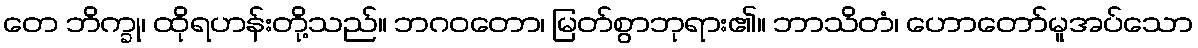
တေ ဘိက္ခု၊ ထိုရဟန်းတို့သည်။ ဘဂဝတော၊ မြတ်စွာဘုရား၏။ ဘာသိတံ၊ ဟောတော်မူအပ်သော